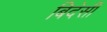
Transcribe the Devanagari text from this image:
बिदेसी